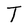
Character: T